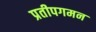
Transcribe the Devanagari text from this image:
प्रतीपगमन